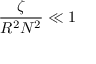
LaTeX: { \frac { \zeta } { R ^ { 2 } N ^ { 2 } } } \ll 1